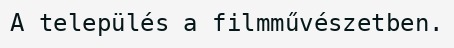
A település a filmművészetben.